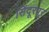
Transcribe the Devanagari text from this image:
सिंदूरपूर